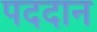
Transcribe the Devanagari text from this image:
पददान